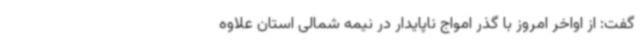
گفت: از اواخر امروز با گذر امواج ناپایدار در نیمه شمالی استان علاوه